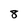
Character: 8